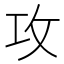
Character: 攻